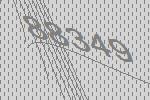
88349